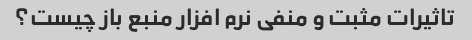
تاثیرات مثبت و منفی نرم افزار منبع باز چیست؟